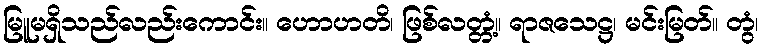
မြူမရှိသည်လည်းကောင်း။ ဟောဟတိ၊ ဖြစ်လတ္တံ့။ ရာဇသေဋ္ဌ၊ မင်းမြတ်။ တွံ၊